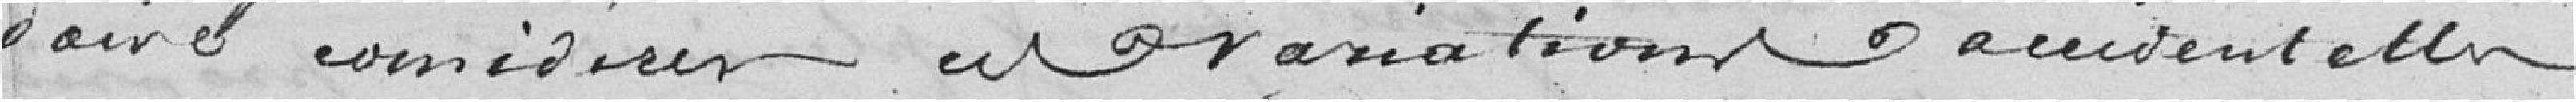
doive considérer ces variations accidentelles